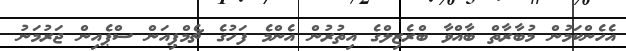
އެހެންކަމުން މުބާރާތް ބާއްވާ ބްރެޒިލްގެ އިތުރުން އެންމެ ފަހުގެ ޗެމްޕިއަން ސްޕެއިން ޖަރުމަނު